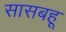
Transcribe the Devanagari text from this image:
सासबहू